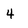
Character: 4